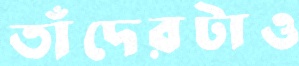
তাঁদেরটাও